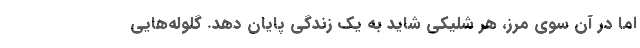
اما در آن سوی مرز، هر شلیکی شاید به یک زندگی پایان دهد. گلوله‌هایی